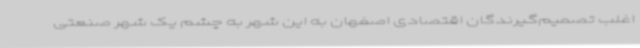
اغلب تصمیم‌گیرندگان اقتصادی اصفهان به این شهر به چشم یک شهر صنعتی